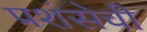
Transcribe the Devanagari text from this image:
प्रशंसेची